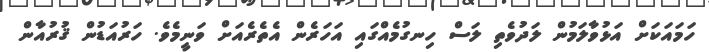
ހަމައަކަށް އަޅުވާލަމުން ލަދުވެތި ލަސް ހިނގުމެއްގައި އަހަރެން އެެތެރެއަށް ވަނީމެވެ. ހަރުއަޑުން ޤުރުއާން